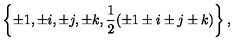
\left\{ \pm 1 , \pm i , \pm j , \pm k , \frac { 1 } { 2 } ( \pm 1 \pm i \pm j \pm k ) \right\} ,